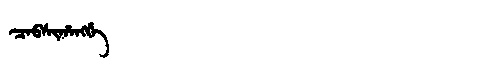
Manchu: ᠴᠠᠪᠰᡳᡥᠠᠩᡤᡝ
Romanization: CABSIHANGGE